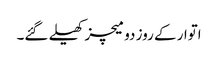
اتوار کے روز دو میچز کھیلے گئے۔